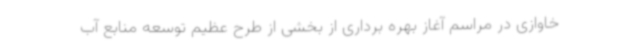
خاوازی در مراسم آغاز بهره برداری از بخشی از طرح عظیم توسعه منابع آب